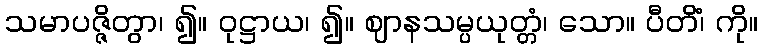
သမာပဇ္ဇိတွာ၊ ၍။ ဝုဋ္ဌာယ၊ ၍။ ဈာနသမ္ပယုတ္တံ၊ သော။ ပီတိံ၊ ကို။